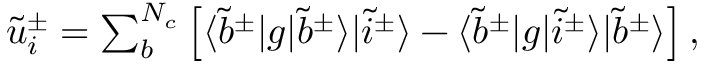
\begin{array} { r } { \tilde { u } _ { i } ^ { \pm } = \sum _ { b } ^ { N _ { c } } \left[ \langle \tilde { b } ^ { \pm } | g | \tilde { b } ^ { \pm } \rangle | \tilde { i } ^ { \pm } \rangle - \langle \tilde { b } ^ { \pm } | g | \tilde { i } ^ { \pm } \rangle | \tilde { b } ^ { \pm } \rangle \right] , } \end{array}